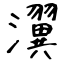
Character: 瀷